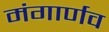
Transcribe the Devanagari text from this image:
मंगार्णव